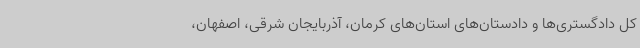
کل دادگستری‌ها و دادستان‌های استان‌های کرمان، آذربایجان شرقی، اصفهان،